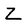
Character: Z